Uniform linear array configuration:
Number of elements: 16
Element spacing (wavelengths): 0.5
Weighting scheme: uniform
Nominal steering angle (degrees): -15
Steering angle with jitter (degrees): -16.803
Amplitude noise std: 0.05
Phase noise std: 0.05

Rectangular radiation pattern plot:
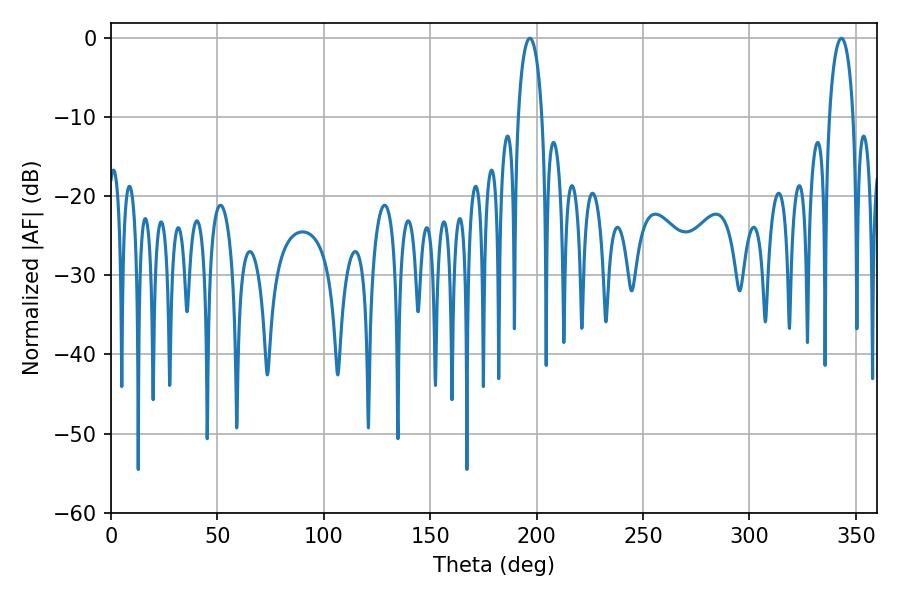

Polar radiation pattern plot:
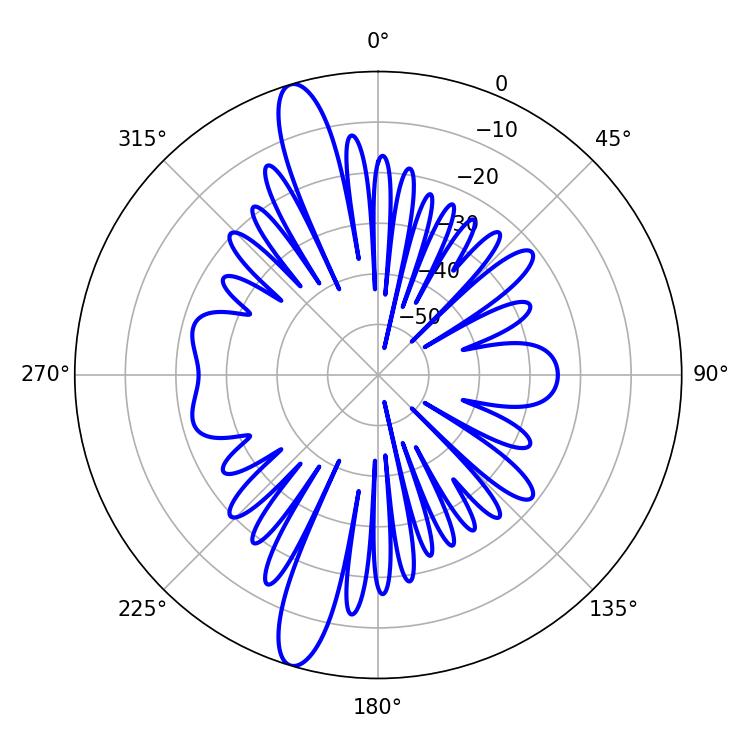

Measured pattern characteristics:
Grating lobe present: FALSE
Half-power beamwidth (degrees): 6.3
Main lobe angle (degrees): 196.74